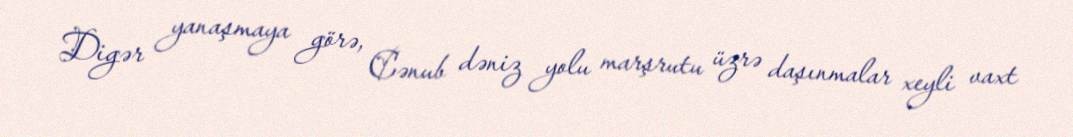
Digər yanaşmaya görə, Cənub dəniz yolu marşrutu üzrə daşınmalar xeyli vaxt